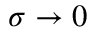
\sigma \rightarrow 0